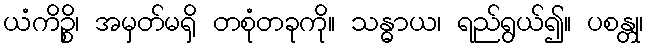
ယံကိဉ္စိ၊ အမှတ်မရှိ တစုံတခုကို။ သန္ဓာယ၊ ရည်ရွယ်၍။ ပစန္တု၊